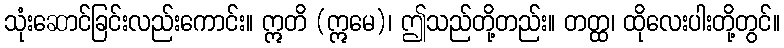
သုံးဆောင်ခြင်းလည်းကောင်း။ ဣတိ (ဣမေ)၊ ဤသည်တို့တည်း။ တတ္ထ၊ ထိုလေးပါးတို့တွင်။